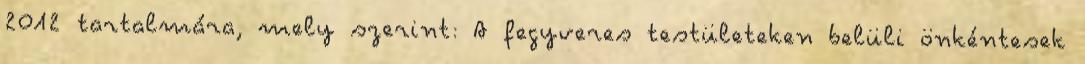
2012 tartalmára, mely szerint: A fegyveres testületeken belüli önkéntesek